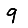
Digit: 9